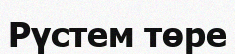
Рүстем төре